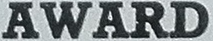
AWARD